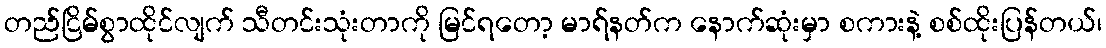
တည်ငြိမ်စွာထိုင်လျက် သီတင်းသုံးတာကို မြင်ရတော့ မာရ်နတ်က နောက်ဆုံးမှာ စကားနဲ့ စစ်ထိုးပြန်တယ်၊